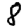
Digit: 8